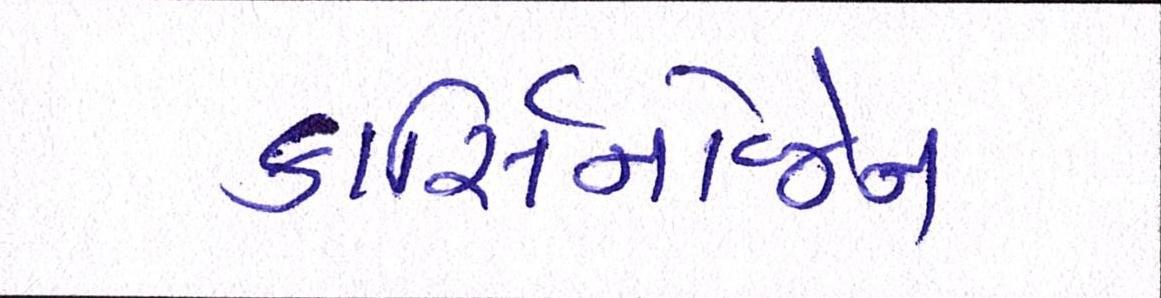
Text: કાર્સિનોજેન